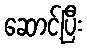
ဆောင့်ပြီး